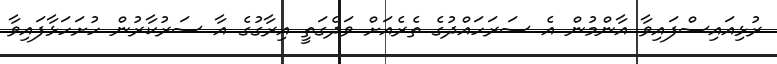
ރުޅިއައިސްފައިވާ އާންމުން އެ ސަރަހައްދުގެ ތެރެއަށް ވަދެގަތީ އިރާގުގެ އާ ސަރުކާރުން ހުށަހަޅާފައިވާ